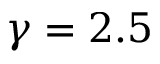
\gamma = 2 . 5